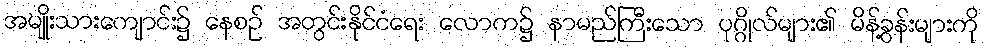
အမျိုးသားကျောင်း၌ နေစဉ် အတွင်းနိုင်ငံရေး လောက၌ နာမည်ကြီးသော ပုဂ္ဂိုလ်များ၏ မိန့်ခွန်းများကို